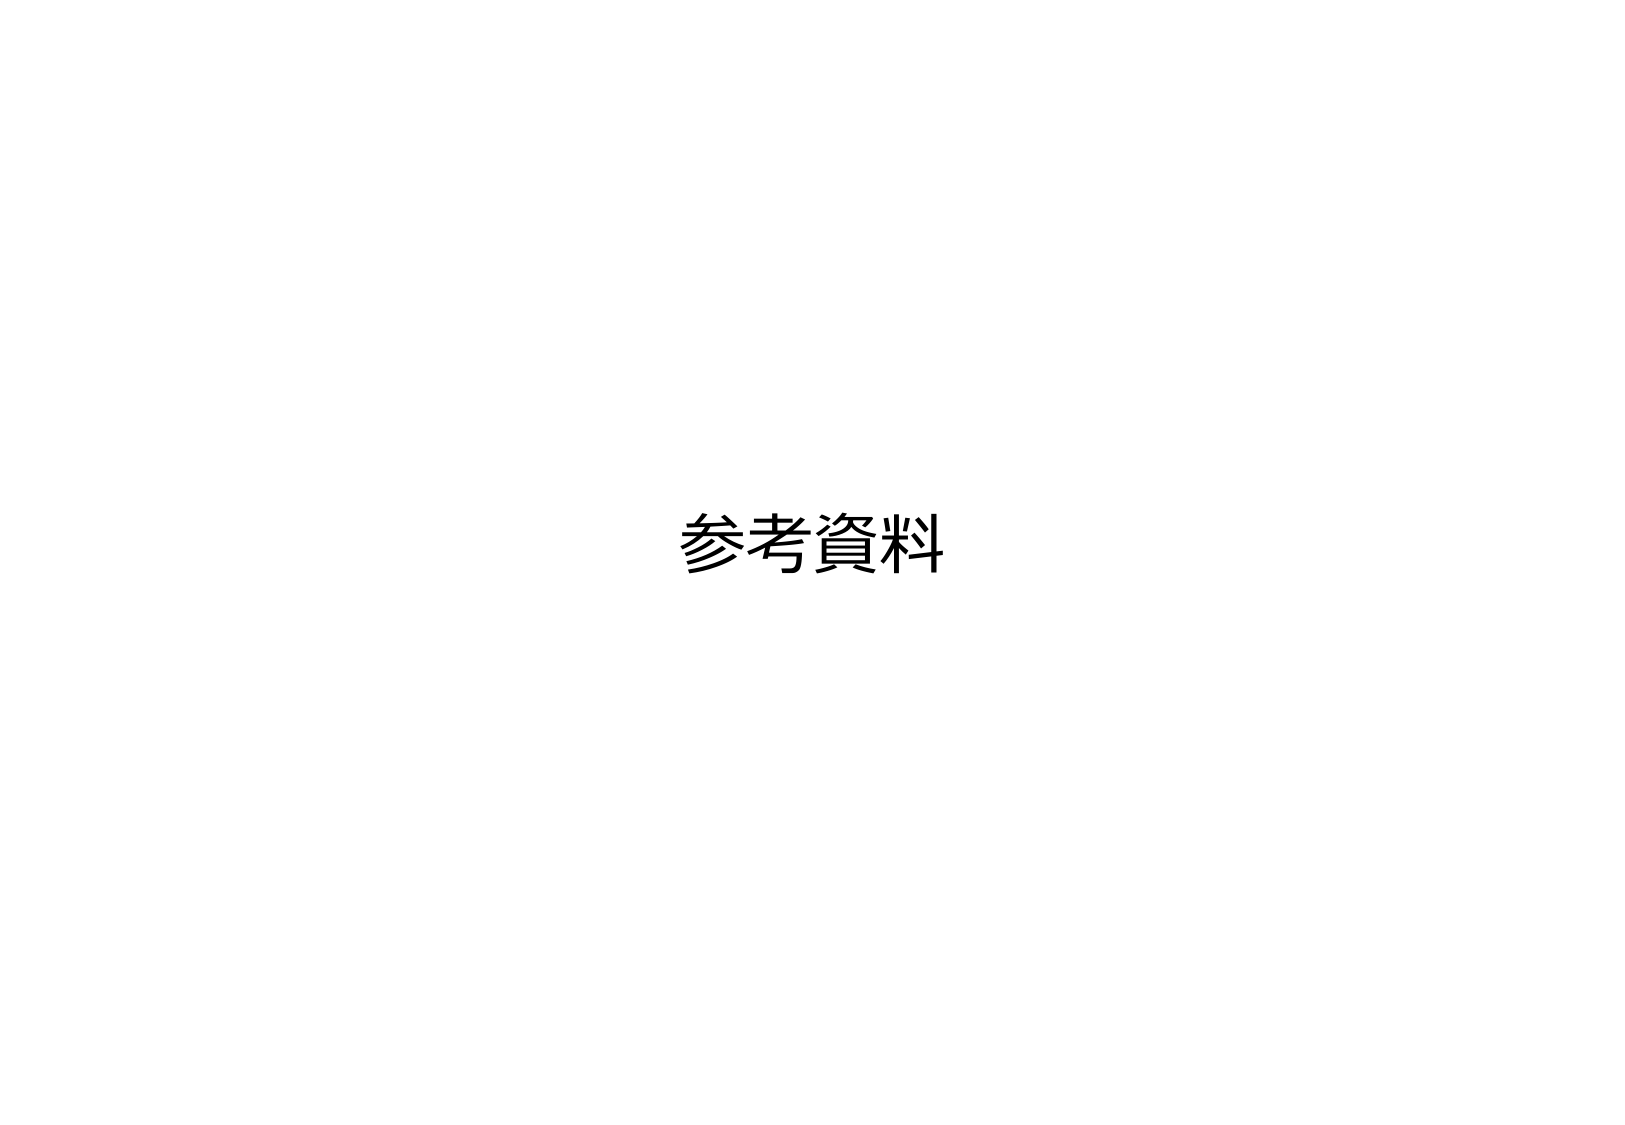
参考資料